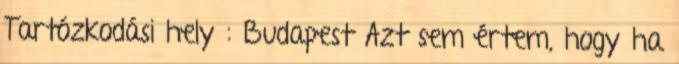
Tartózkodási hely : Budapest Azt sem értem, hogy ha